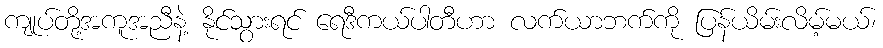
ကျုပ်တို့အကူအညီနဲ့ နိုင်သွားရင် ရေဒီကယ်ပါတီဟာ လက်ယာဘက်ကို ပြန်ယိမ်းလိမ့်မယ်၊